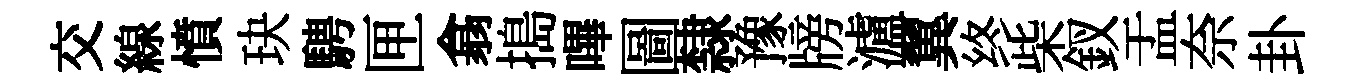
交線憤玦騁匣翕搗嗶圖隸豫牓瀘翼终柴釵盂奈卦